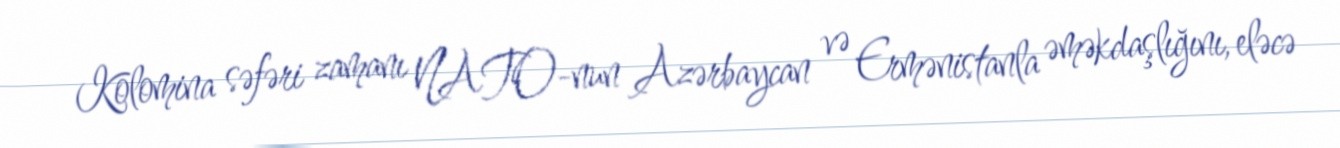
Kolomina səfəri zamanı NATO-nun Azərbaycan və Ermənistanla əməkdaşlığını, eləcə